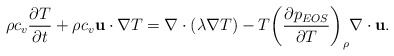
\begin{align*}\rho {c_v}\frac{{\partial T}}{{\partial t}} + \rho {c_v}{\bf{u}} \cdot \nabla T = \nabla \cdot \left( {\lambda \nabla T} \right) - T{\left( {\frac{{\partial {p_{EOS}}}}{{\partial T}}} \right)_\rho }\nabla \cdot {\bf{u}}.\end{align*}